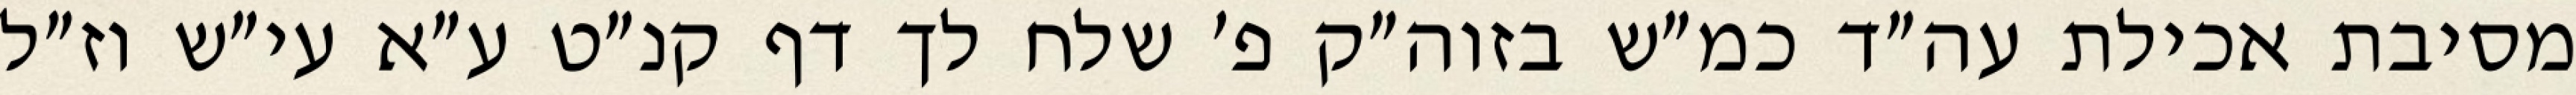
מסיבת אכילת עה״ד כמ״ש בזוה״ק פ׳ שלח לך דף קנ״ט ע״א עי״ש וז״ל